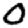
Digit: 0